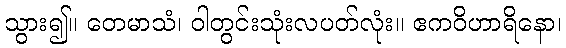
သွား၍။ တေမာသံ၊ ဝါတွင်းသုံးလပတ်လုံး။ ဧကဝိဟာရိနော၊